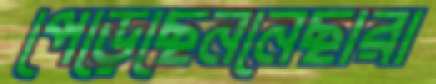
পেড়েছেননেছারা